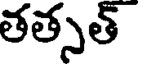
తత్సత్